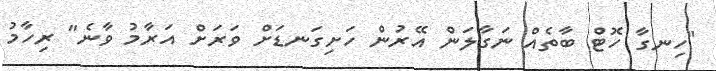
"ހިނގާ ހޮޓް ބާތެއް ނަގާލަން އޭރުން ހަށިގަނޑަށް ވަރަށް އަރާމު ވާނެ" ރިހާމު